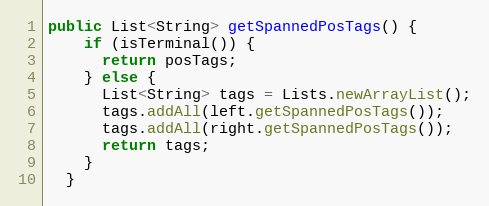
Language: Java
public List<String> getSpannedPosTags() {
    if (isTerminal()) {
      return posTags;
    } else {
      List<String> tags = Lists.newArrayList();
      tags.addAll(left.getSpannedPosTags());
      tags.addAll(right.getSpannedPosTags());
      return tags;
    }
  }